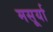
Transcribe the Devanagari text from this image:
मसूर्या